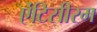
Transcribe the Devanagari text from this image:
ऐंटिसीरम